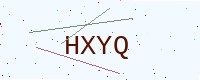
Text: HXYQ